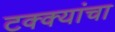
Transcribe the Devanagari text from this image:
टक्क्यांचा